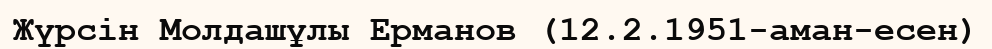
Жүрсін Молдашұлы Ерманов (12.2.1951-аман-есен)